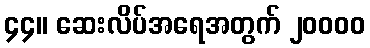
၄၄။ ဆေးလိပ်အရေအတွက် ၂၀၀၀၀